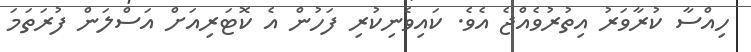
ހިއްސާ ކުރާވަރު އިތުރުވެއްޖެ އެވެ. ކައިވެނިކުރި ފަހުން އެ ކޮޓަރިއަށް އަސްލަން ފުރަތަމަ